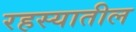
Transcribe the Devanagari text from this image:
रहस्यातील